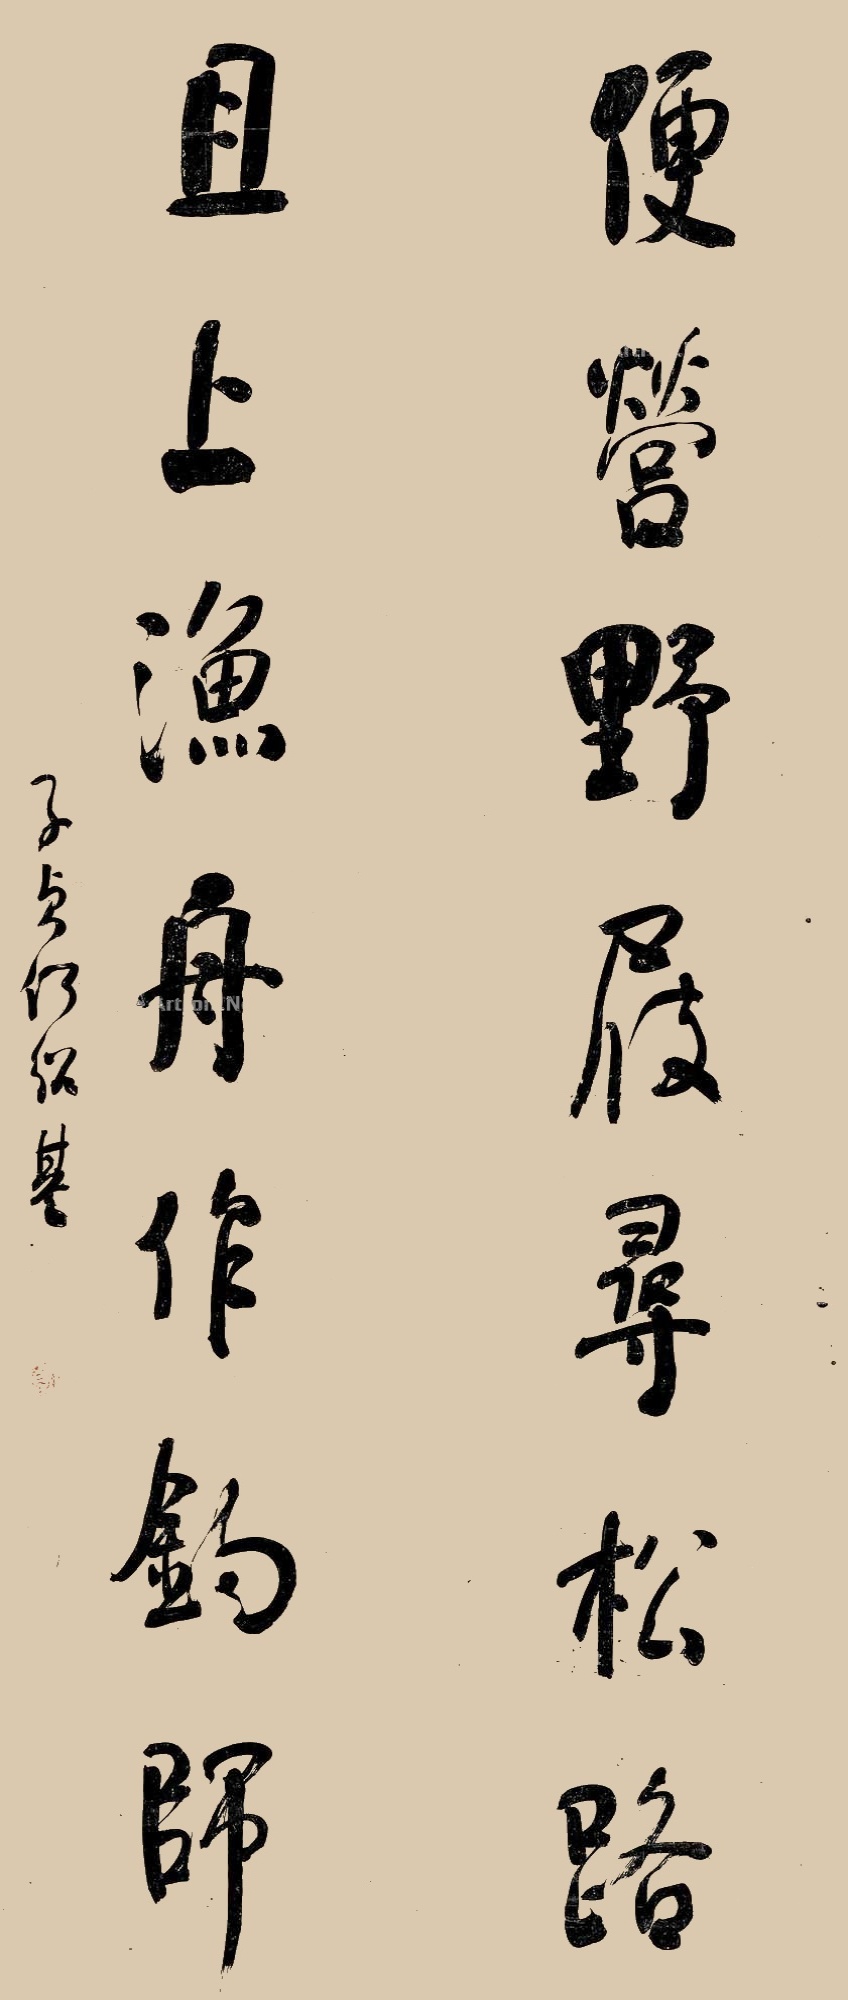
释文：便营野履寻松路，且上渔舟作钓师。子贞何绍基。